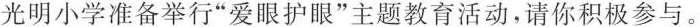
光明小学准备举行”爱眼护眼”主题教育活动，请你积极参与。